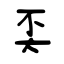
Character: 奀